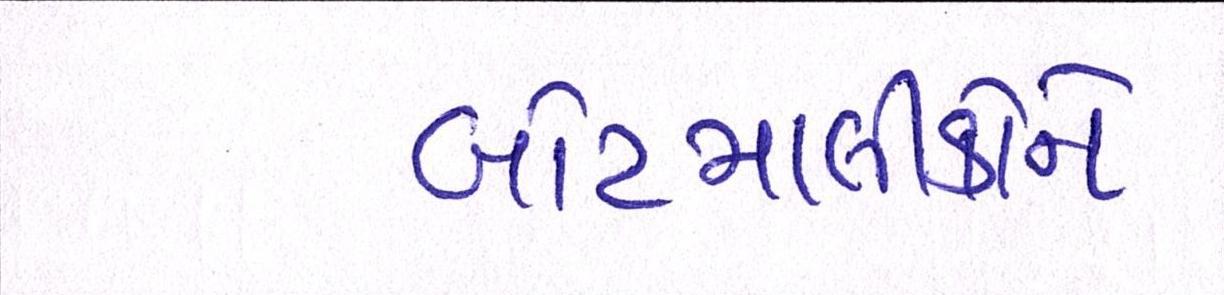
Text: બોટમાલીકોને